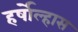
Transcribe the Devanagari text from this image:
हर्षोल्हास